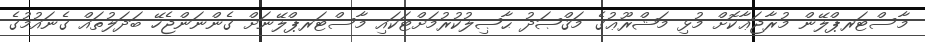
މާސްޓަރޕްލޭން މުރާޖަޢާކޮށް މުޅި މަޝްރޫޢުގެ މަޤްޞަދު ޙާޞިލުކުރުމަށްޓަކައި މާސްޓަރޕްލޭނަށް ގެންނަންޖެހޭ ބަދަލުތައް ގެނައުމުގެ